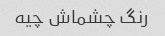
رنگ چشماش چیه